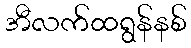
အီလက်ထရွန်နစ်